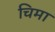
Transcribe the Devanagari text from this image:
चिमा